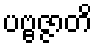
ပဗ္ဗဇ္ဇာတိ